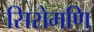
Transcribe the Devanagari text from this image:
सिरोमणि